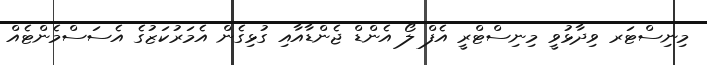
މިނިސްޓަރ ވިދާޅުވީ މިނިސްޓްރީ އެފް ލޯ އެންޑް ޖެންޑާއާއި ގުޅިގެން އެމަރުކަޒުގެ އެސަސްމެންޓެއް